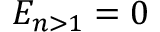
E _ { n > 1 } = 0